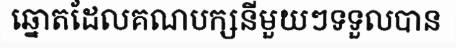
ឆ្នោតដែលគណបក្សនីមួយៗទទួលបាន